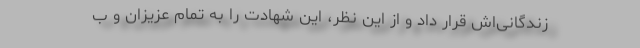
زندگانی‌اش قرار داد و از این نظر، این شهادت را به تمام عزیزان و ب